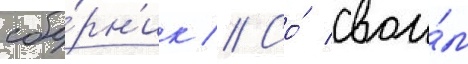
сбо́рн'ик // Со́ свои́м